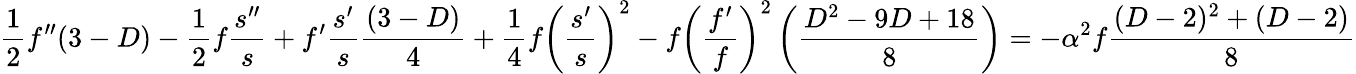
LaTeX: \frac{1}{2}f^{\prime\prime}(3-D)-\frac{1}{2}f\frac{s^{\prime\prime}}{s}+f^{\prime}\frac{s^{\prime}}{s}\frac{(3-D)}{4}+\frac{1}{4}f\left(\frac{s^{\prime}}{s}\right)^{2}-f\left(\frac{f^{\prime}}{f}\right)^{2}\left(\frac{D^{2}-9D+18}{8}\right)=-\alpha^{2}f\frac{(D-2)^{2}+(D-2)}{8}